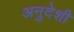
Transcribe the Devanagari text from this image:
अनुदेशी